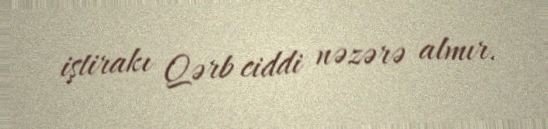
iştirakı Qərb ciddi nəzərə almır.